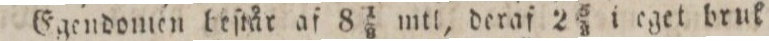
Egendomen beſtår af 8 1/9 mtl, deraf 2 5/8 i eget bruk